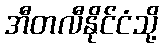
အီတလီနိုင်ငံသို့